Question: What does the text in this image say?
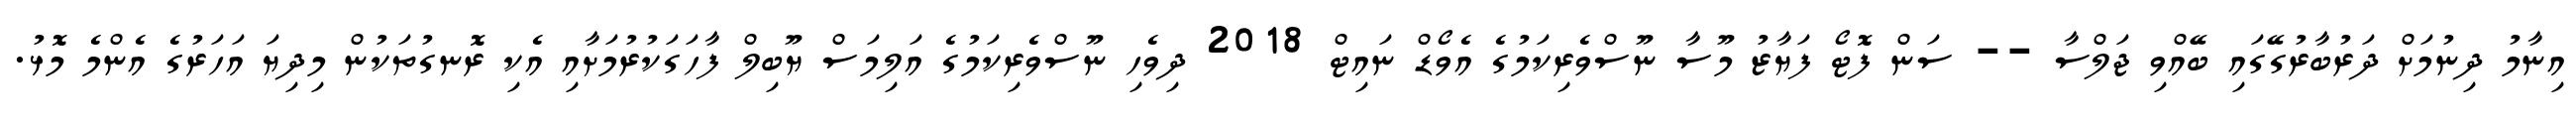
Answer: އިނާމު ދިނުމަށް ދަރުބާރުގޭގައި ބޭއްވި ޖަލްސާ -- ސަން ފޮޓޯ ފަޔާޒު މޫސާ ނޫސްވެރިކަމުގެ އެވޯޑް ނައިޓް 2018 ދިވެހި ނޫސްވެރިކަމުގެ އަލިމަސް ޔޫބިލް ފާހަގަކުރުމަށާއި އެކި ރޮނގުތަކުން މިދިޔަ އަހަރުގެ އެންމެ މޮޅު.